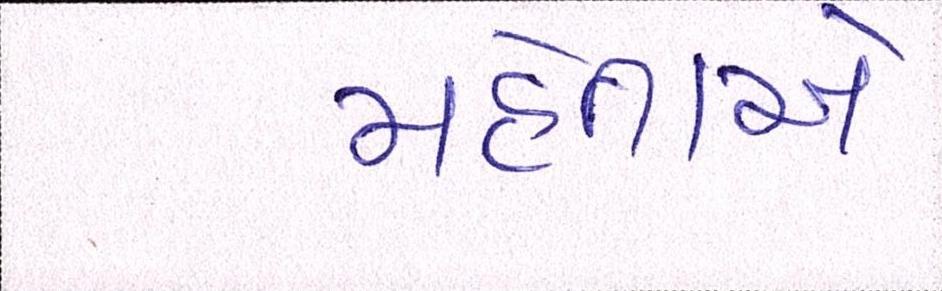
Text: મહેતાએ